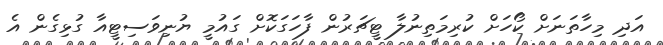
އަދި މިހާތަނަށް ކޯހަށް ކުރިމަތިނުލާ ޓީޗަރުން ފާހަގަކޮށް ގައުމީ ޔުނިވަސިޓީއާ ގުޅިގެން އެ